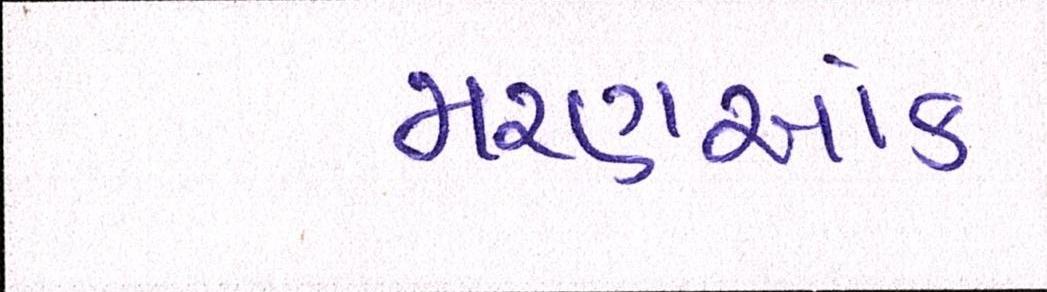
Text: મરણઆંક